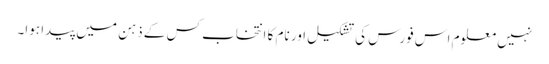
نہیں معلوم اس فورس کی تشکیل اور نام کا انتخاب کس کے ذہن میں پیدا ہوا۔